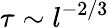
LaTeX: \tau\sim l^{-2/3}